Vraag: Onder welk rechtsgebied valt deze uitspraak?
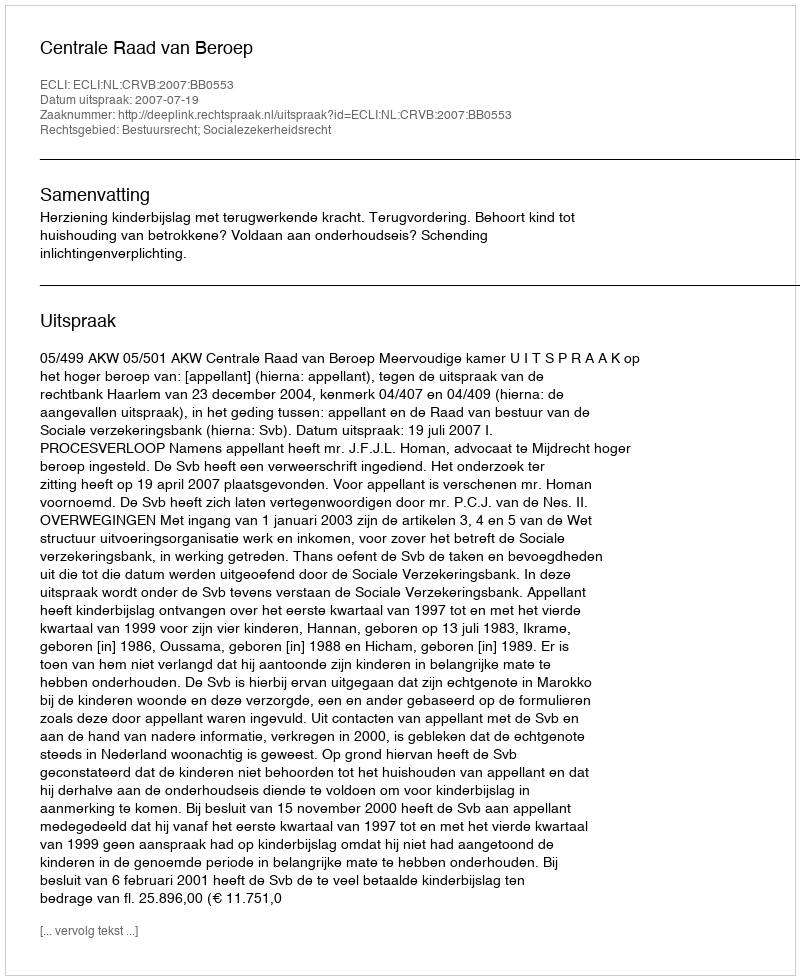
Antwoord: Bestuursrecht; Socialezekerheidsrecht